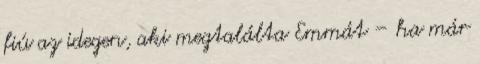
fiú az idegen, aki megtalálta Emmát – ha már